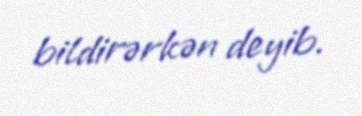
bildirərkən deyib.